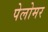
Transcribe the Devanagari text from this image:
पेलोमर